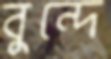
বুন্দে